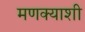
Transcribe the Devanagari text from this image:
मणक्याशी